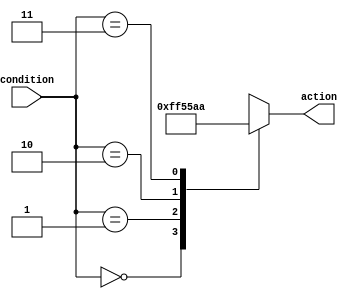
module parallel_case_example (
    input wire [1:0] condition,
    output reg [7:0] action
);

always @* begin
    case (condition)
        2'b00: action = 8'b00000000; // If condition is 00, set action to 00000000
        2'b01: action = 8'b11111111; // If condition is 01, set action to 11111111
        2'b10: action = 8'b01010101; // If condition is 10, set action to 01010101
        2'b11: action = 8'b10101010; // If condition is 11, set action to 10101010
        default: action = 8'b00000000; // If condition does not match any case, set action to 00000000
    endcase
end

endmodule